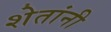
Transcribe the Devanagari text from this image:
शेतांनी